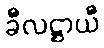
ခီလဋ္ဌာယီ